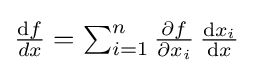
\textstyle {\frac {\mathrm {d} f}{dx}}=\sum _{i=1}^{n}{\frac {\partial f}{\partial x_{i}}}\,{\frac {\mathrm {d} x_{i}}{\mathrm {d} x}}